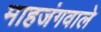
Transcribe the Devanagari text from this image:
माहजंगवाले